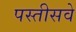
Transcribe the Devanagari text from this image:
पस्तीसवे